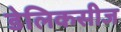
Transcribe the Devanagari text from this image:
डेलिकसीज